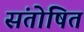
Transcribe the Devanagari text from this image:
संतोषित